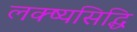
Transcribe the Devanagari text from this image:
लक्ष्यसिद्धि